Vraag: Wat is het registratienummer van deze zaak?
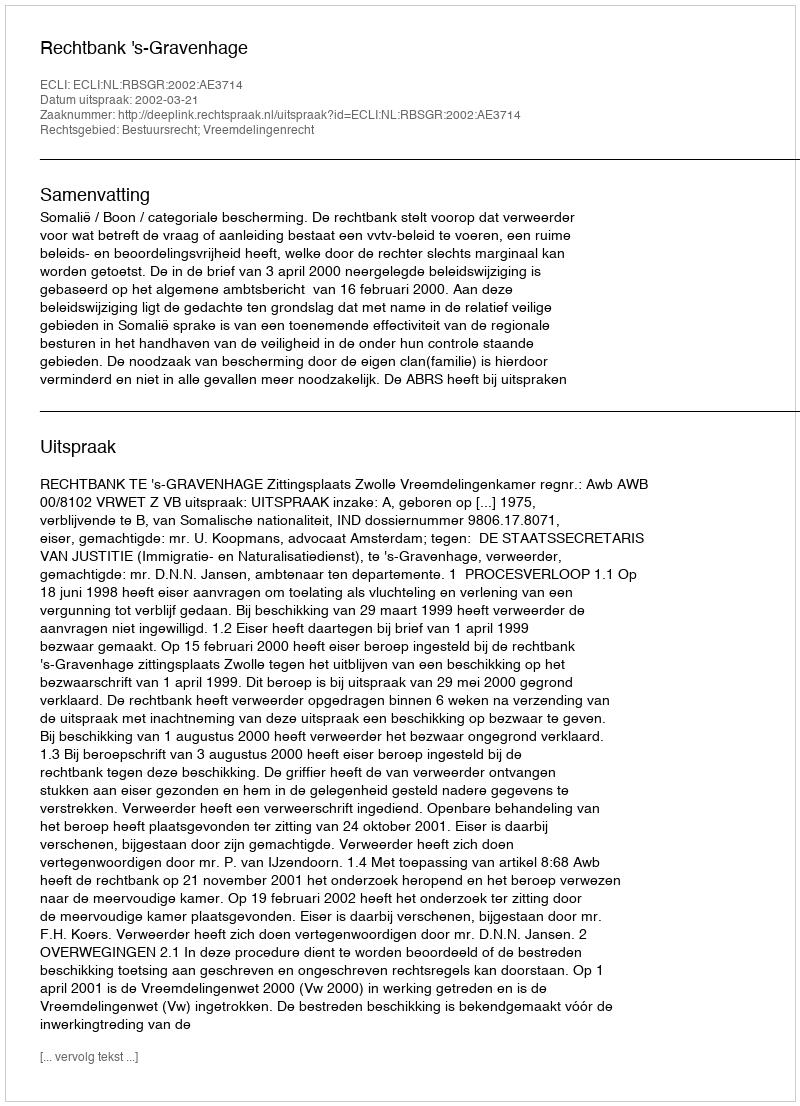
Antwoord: http://deeplink.rechtspraak.nl/uitspraak?id=ECLI:NL:RBSGR:2002:AE3714